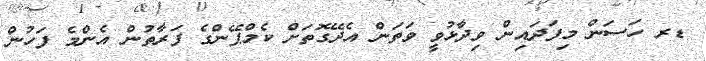
ޑރ ހަސަން މިފަދައިން ވިދާޅުވީ ވަތަން އެދޭގޮތަށް ކެމްޕޭންގެ ފަރާތުން އެންމެ ފަހުން